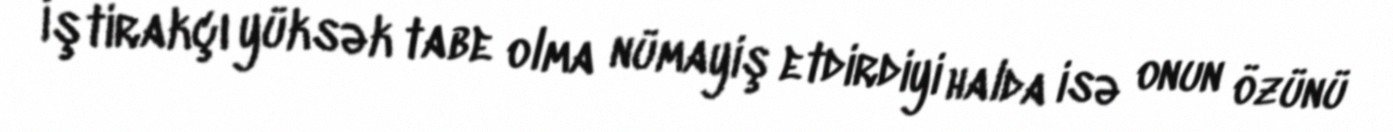
İştirakçı yüksək tabe olma nümayiş etdirdiyi halda isə onun özünü